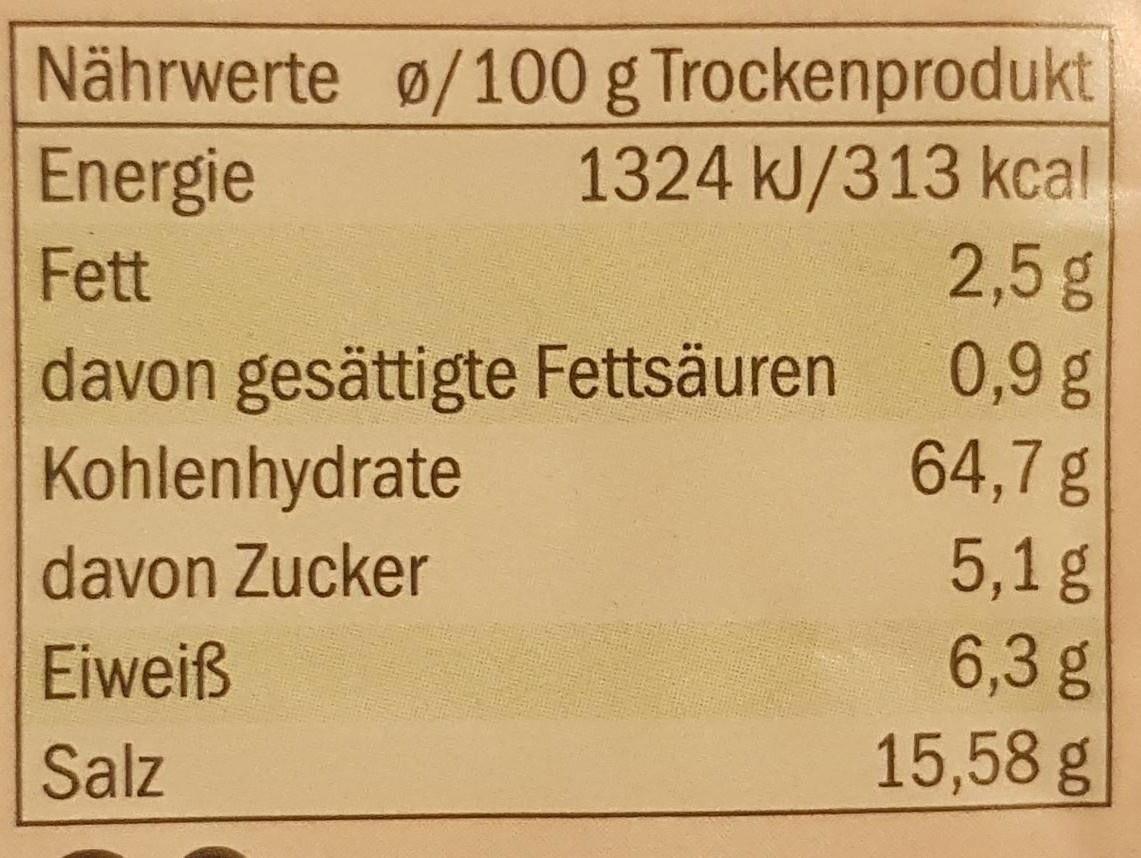
Nährwerte ø/100 g Trockenprodukt 1324 kJ/313 kcal 2,5g
Energie
Fett
davon gesättigte Fettsäuren Kohlenhydrate
0,9 g 64,7g
5,1g 6,3 g 15,58 g
davon Zucker
Eiweiß
Salz